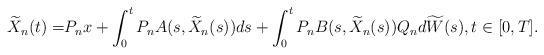
LaTeX: \begin{align*} \widetilde{X}_n(t)=& P_n x + \int_0^t P_n A(s,\widetilde{X}_n(s)) ds +\int_0^t P_n B(s,\widetilde{X}_n(s))Q_n d\widetilde{W}(s), t\in[0,T] .\end{align*}